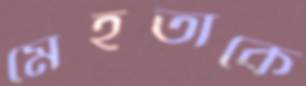
মেহতাকে